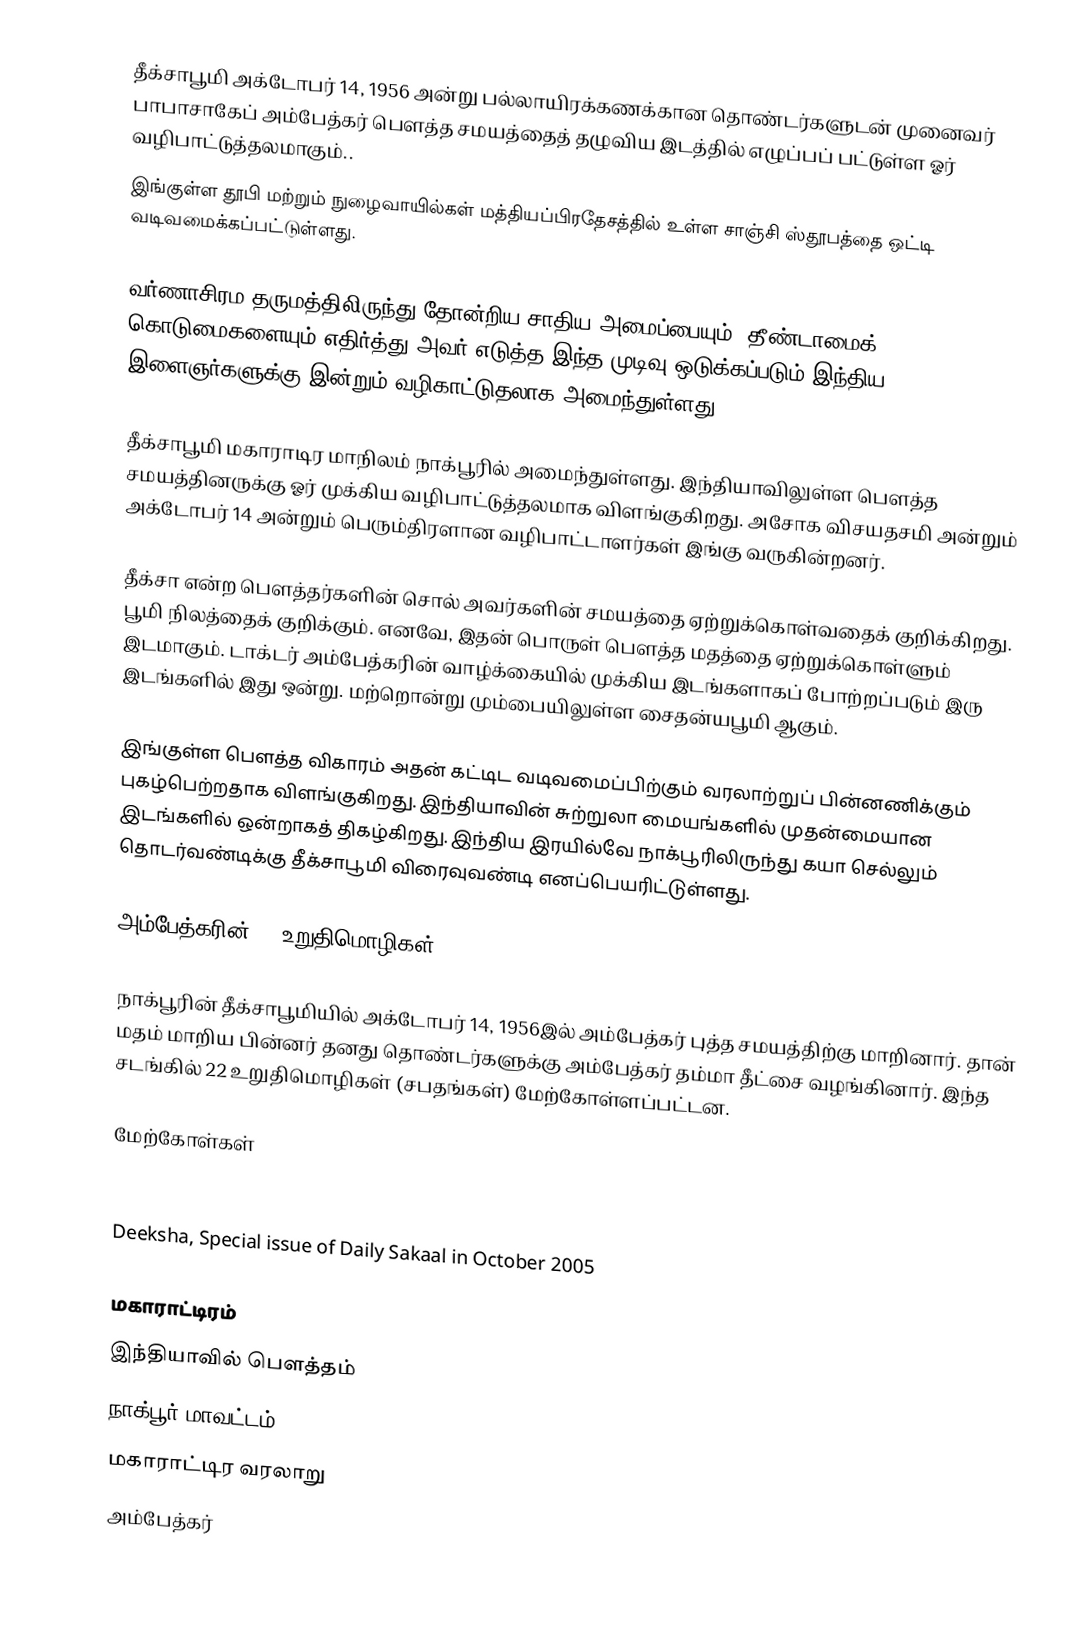
தீக்சாபூமி  அக்டோபர் 14, 1956 அன்று பல்லாயிரக்கணக்கான தொண்டர்களுடன் முனைவர் பாபாசாகேப் அம்பேத்கர் பௌத்த சமயத்தைத் தழுவிய இடத்தில் எழுப்பப் பட்டுள்ள ஓர்  வழிபாட்டுத்தலமாகும்..
இங்குள்ள தூபி மற்றும் நுழைவாயில்கள் மத்தியப்பிரதேசத்தில் உள்ள சாஞ்சி ஸ்தூபத்தை ஒட்டி வடிவமைக்கப்பட்டுள்ளது.

வர்ணாசிரம தருமத்திலிருந்து தோன்றிய சாதிய அமைப்பையும், தீண்டாமைக்  கொடுமைகளையும் எதிர்த்து  அவர் எடுத்த இந்த முடிவு ஒடுக்கப்படும் இந்திய இளைஞர்களுக்கு இன்றும் வழிகாட்டுதலாக அமைந்துள்ளது. .

தீக்சாபூமி மகாராடிர மாநிலம் நாக்பூரில் அமைந்துள்ளது. இந்தியாவிலுள்ள பௌத்த சமயத்தினருக்கு ஓர் முக்கிய வழிபாட்டுத்தலமாக விளங்குகிறது. அசோக விசயதசமி அன்றும் அக்டோபர் 14 அன்றும் பெரும்திரளான வழிபாட்டாளர்கள் இங்கு வருகின்றனர்.

தீக்சா என்ற பௌத்தர்களின் சொல் அவர்களின் சமயத்தை ஏற்றுக்கொள்வதைக் குறிக்கிறது. பூமி நிலத்தைக் குறிக்கும். எனவே, இதன் பொருள் பௌத்த மதத்தை ஏற்றுக்கொள்ளும் இடமாகும்.  டாக்டர் அம்பேத்கரின் வாழ்க்கையில் முக்கிய இடங்களாகப் போற்றப்படும் இரு இடங்களில் இது ஒன்று. மற்றொன்று மும்பையிலுள்ள சைதன்யபூமி ஆகும்.

இங்குள்ள பௌத்த விகாரம் அதன் கட்டிட வடிவமைப்பிற்கும் வரலாற்றுப் பின்னணிக்கும் புகழ்பெற்றதாக விளங்குகிறது. இந்தியாவின் சுற்றுலா மையங்களில் முதன்மையான இடங்களில் ஒன்றாகத் திகழ்கிறது. இந்திய இரயில்வே நாக்பூரிலிருந்து கயா செல்லும் தொடர்வண்டிக்கு தீக்சாபூமி விரைவுவண்டி எனப்பெயரிட்டுள்ளது.

அம்பேத்கரின் 22  உறுதிமொழிகள்

நாக்பூரின்  தீக்சாபூமியில்  அக்டோபர் 14, 1956இல் அம்பேத்கர் புத்த சமயத்திற்கு மாறினார். தான் மதம் மாறிய பின்னர் தனது தொண்டர்களுக்கு அம்பேத்கர் தம்மா தீட்சை வழங்கினார். இந்த சடங்கில் 22 உறுதிமொழிகள் (சபதங்கள்) மேற்கோள்ளப்பட்டன.

மேற்கோள்கள்

Special  issue of Lokrajya, the publication of Govt. of Maharashtra on silver jubilee of 1956  ceremony.
Deeksha, Special issue of Daily Sakaal  in October 2005

மகாராட்டிரம்
இந்தியாவில் பௌத்தம்
நாக்பூர் மாவட்டம்
மகாராட்டிர வரலாறு
அம்பேத்கர்